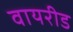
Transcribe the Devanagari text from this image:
वायरीड